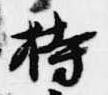
持